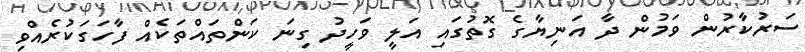
ސަރުކާރުން ވަމުން ދާ އަނިޔާގެ ގޮތުގައި އަލީ ވަހީދު ގިނަ ކަންތައްތަކެއް ފާހަގަކުރެއްވި